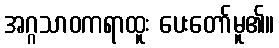
အဂ္ဂသာဝကရာထူး ပေးတော်မူ၏။